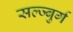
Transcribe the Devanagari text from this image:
सल्ज्बुर्ग